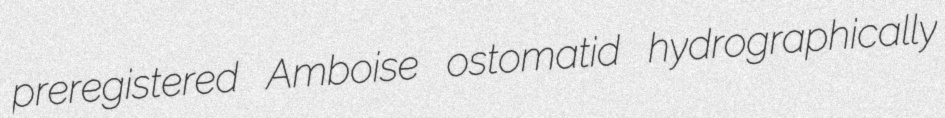
preregistered Amboise ostomatid hydrographically